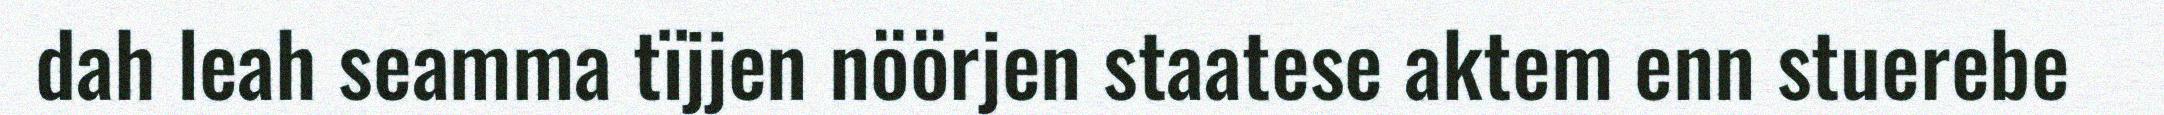
dah leah seamma tïjjen nöörjen staatese aktem enn stuerebe